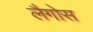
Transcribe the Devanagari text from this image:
लैगोस